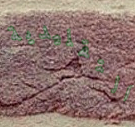
التقليدية